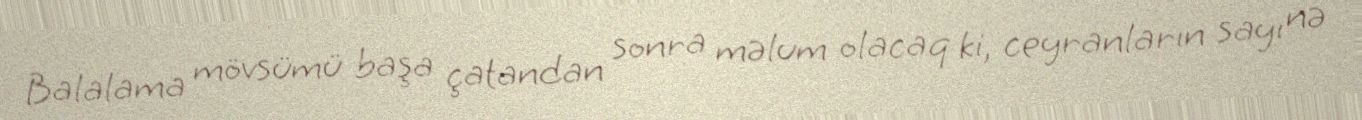
Balalama mövsümü başa çatandan sonra məlum olacaq ki, ceyranların sayı nə